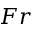
F r